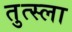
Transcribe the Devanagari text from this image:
तुत्स्ला